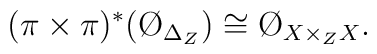
(\pi \times \pi)^*( \O_{\Delta_Z}) \cong \O_{X \times_Z X}.